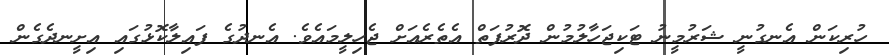
ހުރިކަން އެނގުނީ ޝަރުމީނު ޓަކިޖަހާލުމުން ދޮރުފަތް އެތެރެއަށް ޖެހިލީމައެވެ. އެނދުގެ ފައިލާކޮޅުގައި އިށީނދެގެން